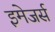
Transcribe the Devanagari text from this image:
इमेजर्स